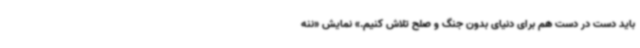
باید دست در دست هم برای دنیای بدون جنگ و صلح تلاش کنیم.» نمایش «ننه